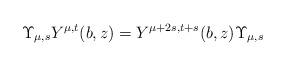
LaTeX: \begin{align*}\Upsilon_{\mu,s}Y^{\mu,t}(b,z)=Y^{\mu+2s,t+s}(b,z)\Upsilon_{\mu,s}\end{align*}